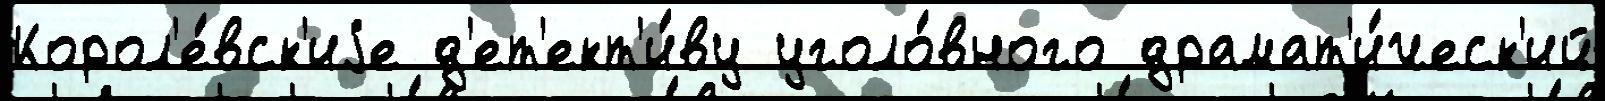
Корол'е́вск'иjе д'ет'ект'и́ву уголо́вного драмат'и́ческ'ий